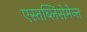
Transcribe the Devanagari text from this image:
एस्तब्लिसेमेन्त